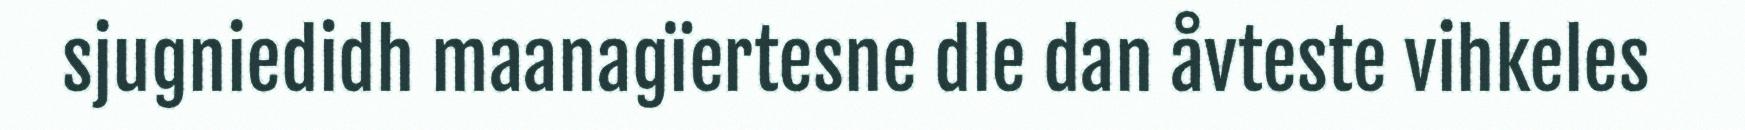
sjugniedidh maanagïertesne dle dan åvteste vihkeles